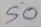
50